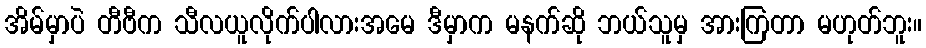
အိမ်မှာပဲ တီဗီက သီလယူလိုက်ပါလားအမေ ဒီမှာက မနက်ဆို ဘယ်သူမှ အားကြတာ မဟုတ်ဘူး။